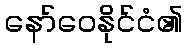
နော်ဝေနိုင်ငံ၏